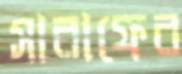
সারাফের